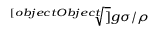
\scriptstyle { \sqrt [ [object Object] ] { g \sigma / \rho } }